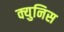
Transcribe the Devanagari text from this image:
क्युनिस